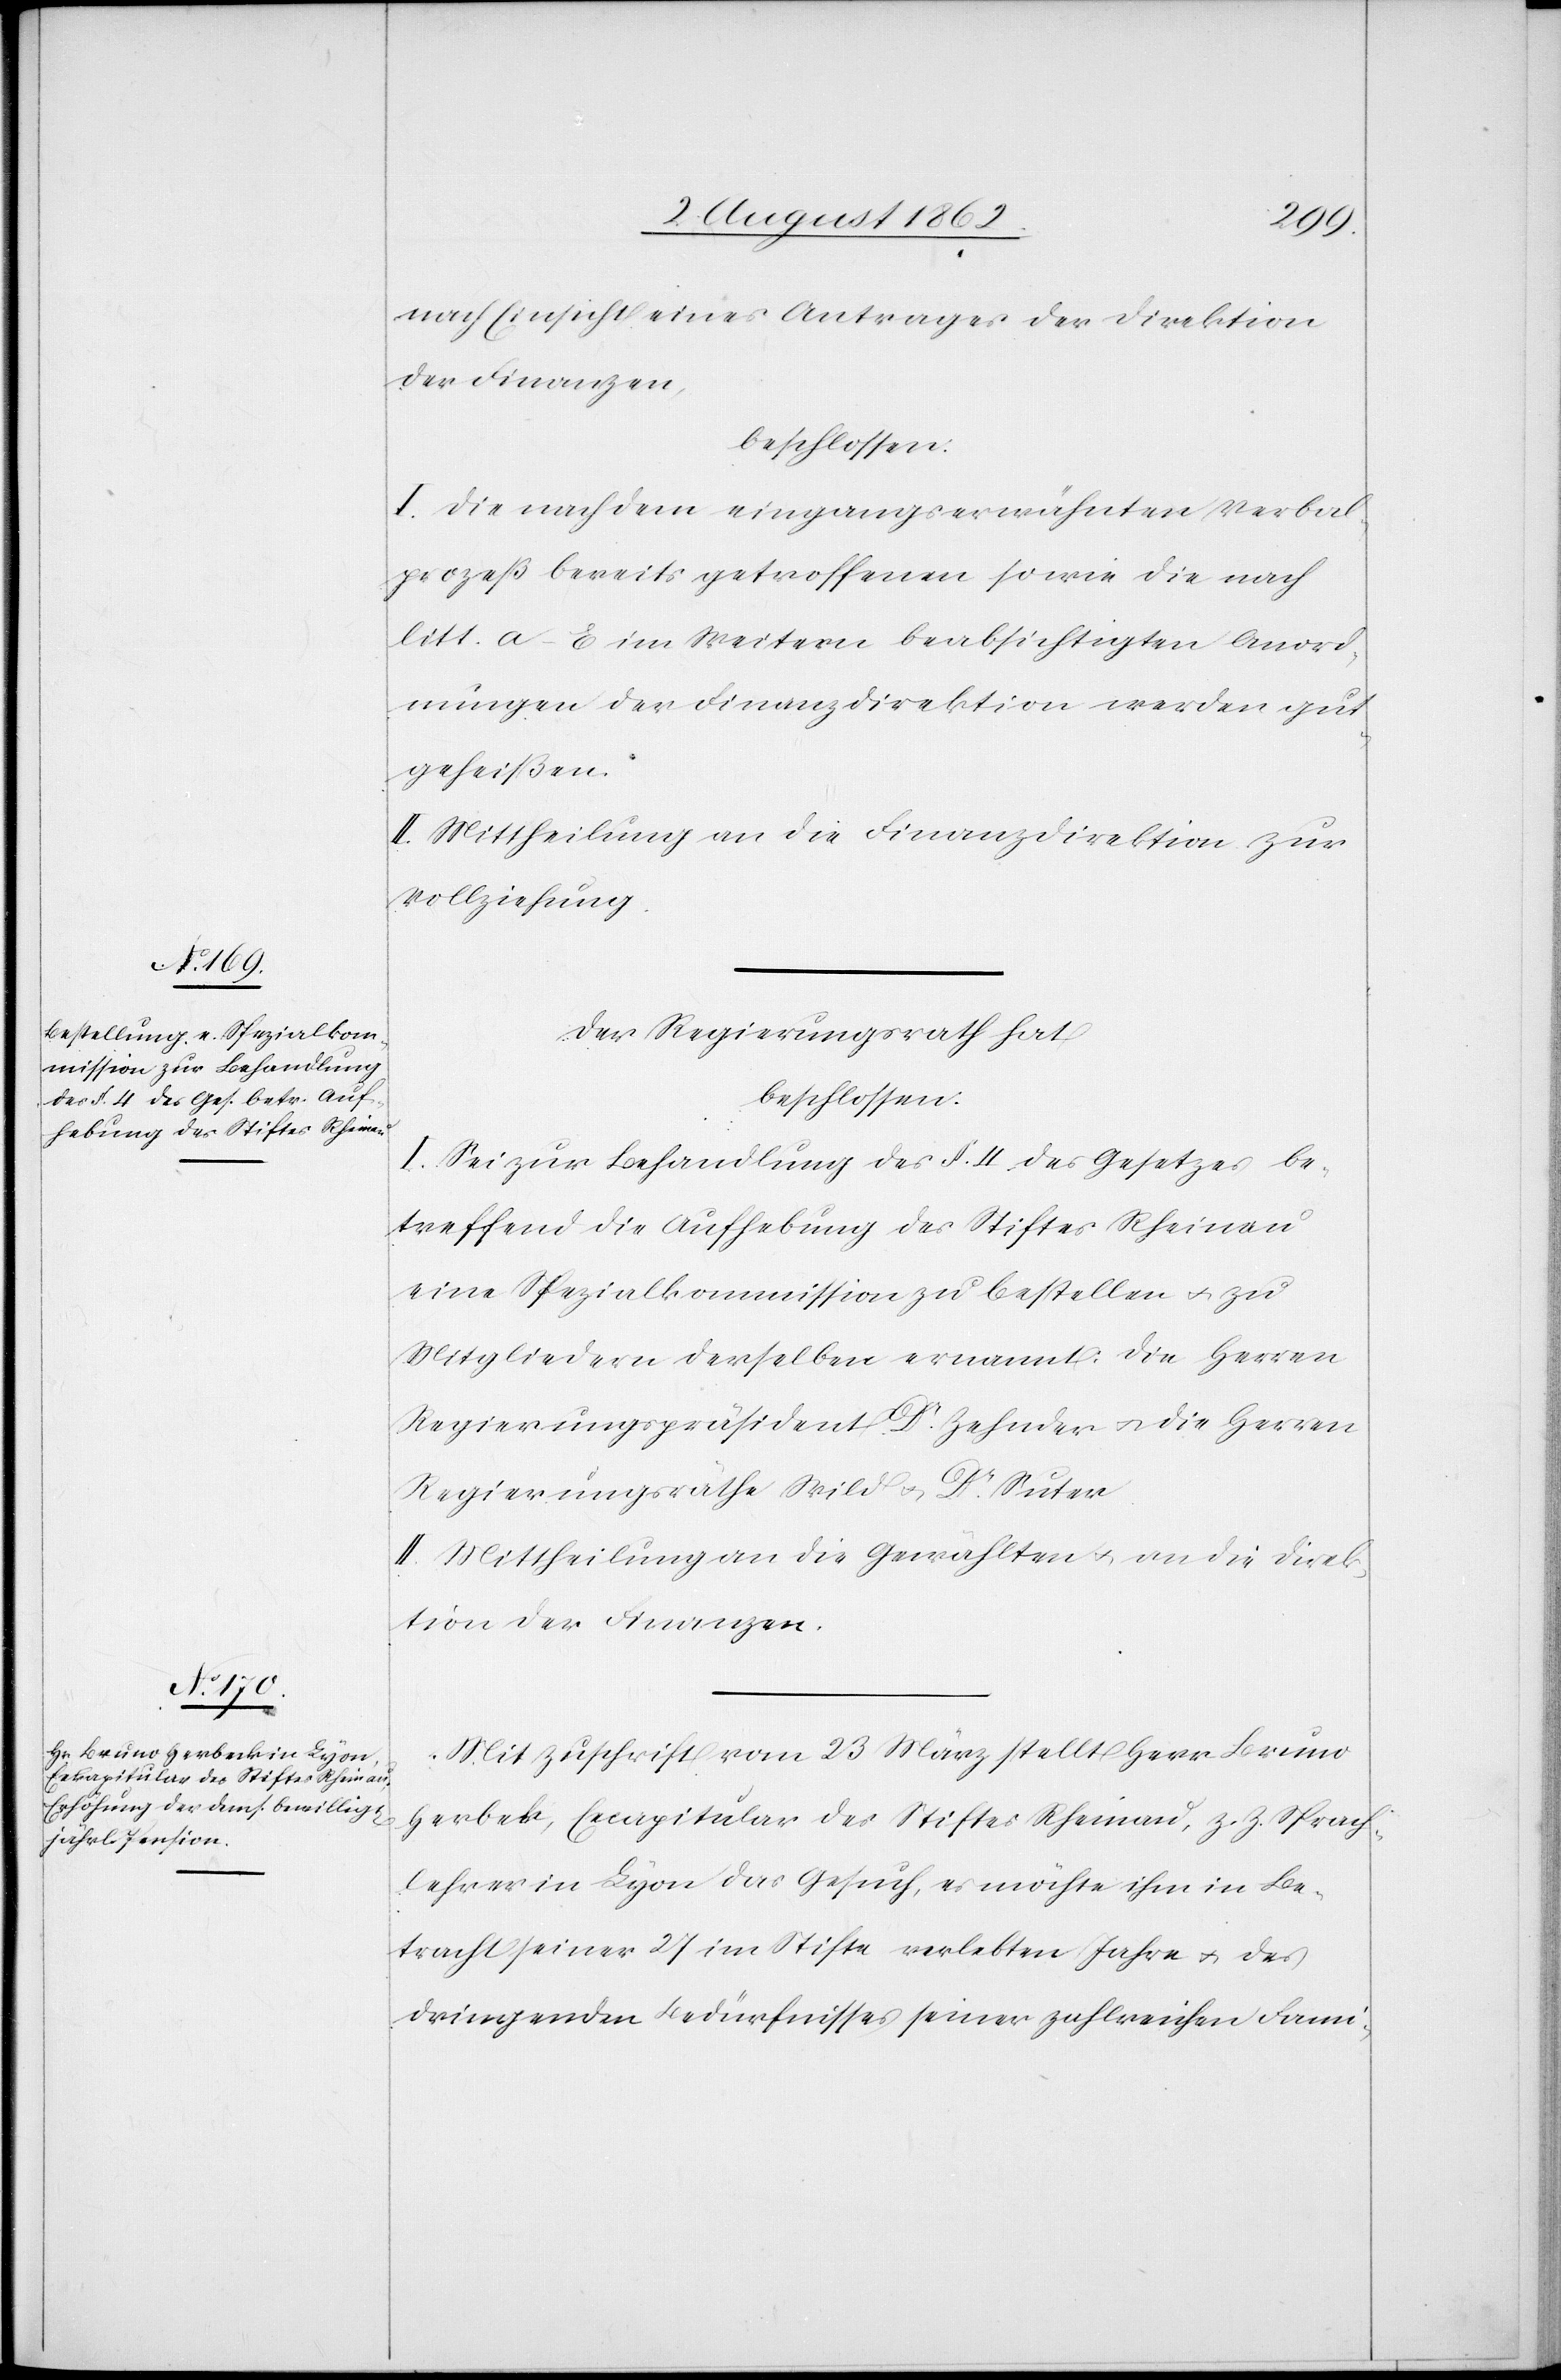
nach Einsicht eines Antrages der Direktion
der Finanzen,
beschlossen:
I. Die nach dem eingangserwähnten Verbal¬
prozeß bereits getroffenen sowie die nach
litt. A–E im Weitern beabsichtigten Anord¬
nungen der Finanzdirektion werden gut¬
geheißen.
II. Mittheilung an die Finanzdirektion zur
Vollziehung.
Der Regierungsrath hat
beschlossen:
I. Sei zur Behandlung des §. 4 des Gesetzes be¬
treffend die Aufhabung des Stiftes Rheinau
eine Spezialkommission zu bestellen u. zu
Mitgliedern derselben ernannt: Die Herren
Regierungspräsident Dr. Zehnder u. die Herren
Regierungsräthe Wild u. Dr. Suter.
II. Mittheilung an die Gewählten u. an die Direk¬
tion der Finanzen.
Mit Zuschrift vom 23. März stellt Herr Bruno
Gerbeck, Excapitular des Stiftes Rheinau, z. Z. Sprach¬
lehrer in Lyon das Gesuch, es möchte ihm in Be¬
tracht seiner 27 im Stifte verlebten Jahre u. des
dringenden Bedürfnisses seiner zahlreichen Fami-